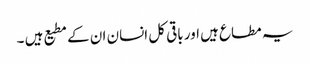
یہ مطاع ہیں اور باقی کل انسان ان کے مطیع ہیں ۔